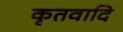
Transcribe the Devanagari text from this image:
कृतवादि